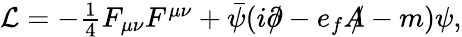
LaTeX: \begin{array}{r}{\mathcal{L}=-\frac{1}{4}F_{\mu\nu}F^{\mu\nu}+\bar{\psi}(i\partial\! \! \! /-e_{f}A\! \! \! /-m)\psi,}\end{array}